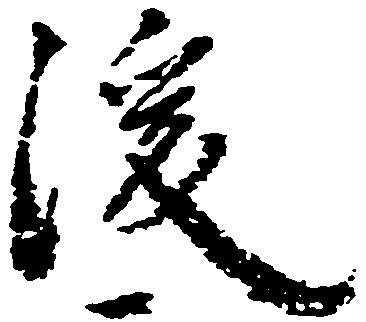
後